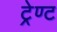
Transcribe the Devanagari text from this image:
ट्रेण्ट